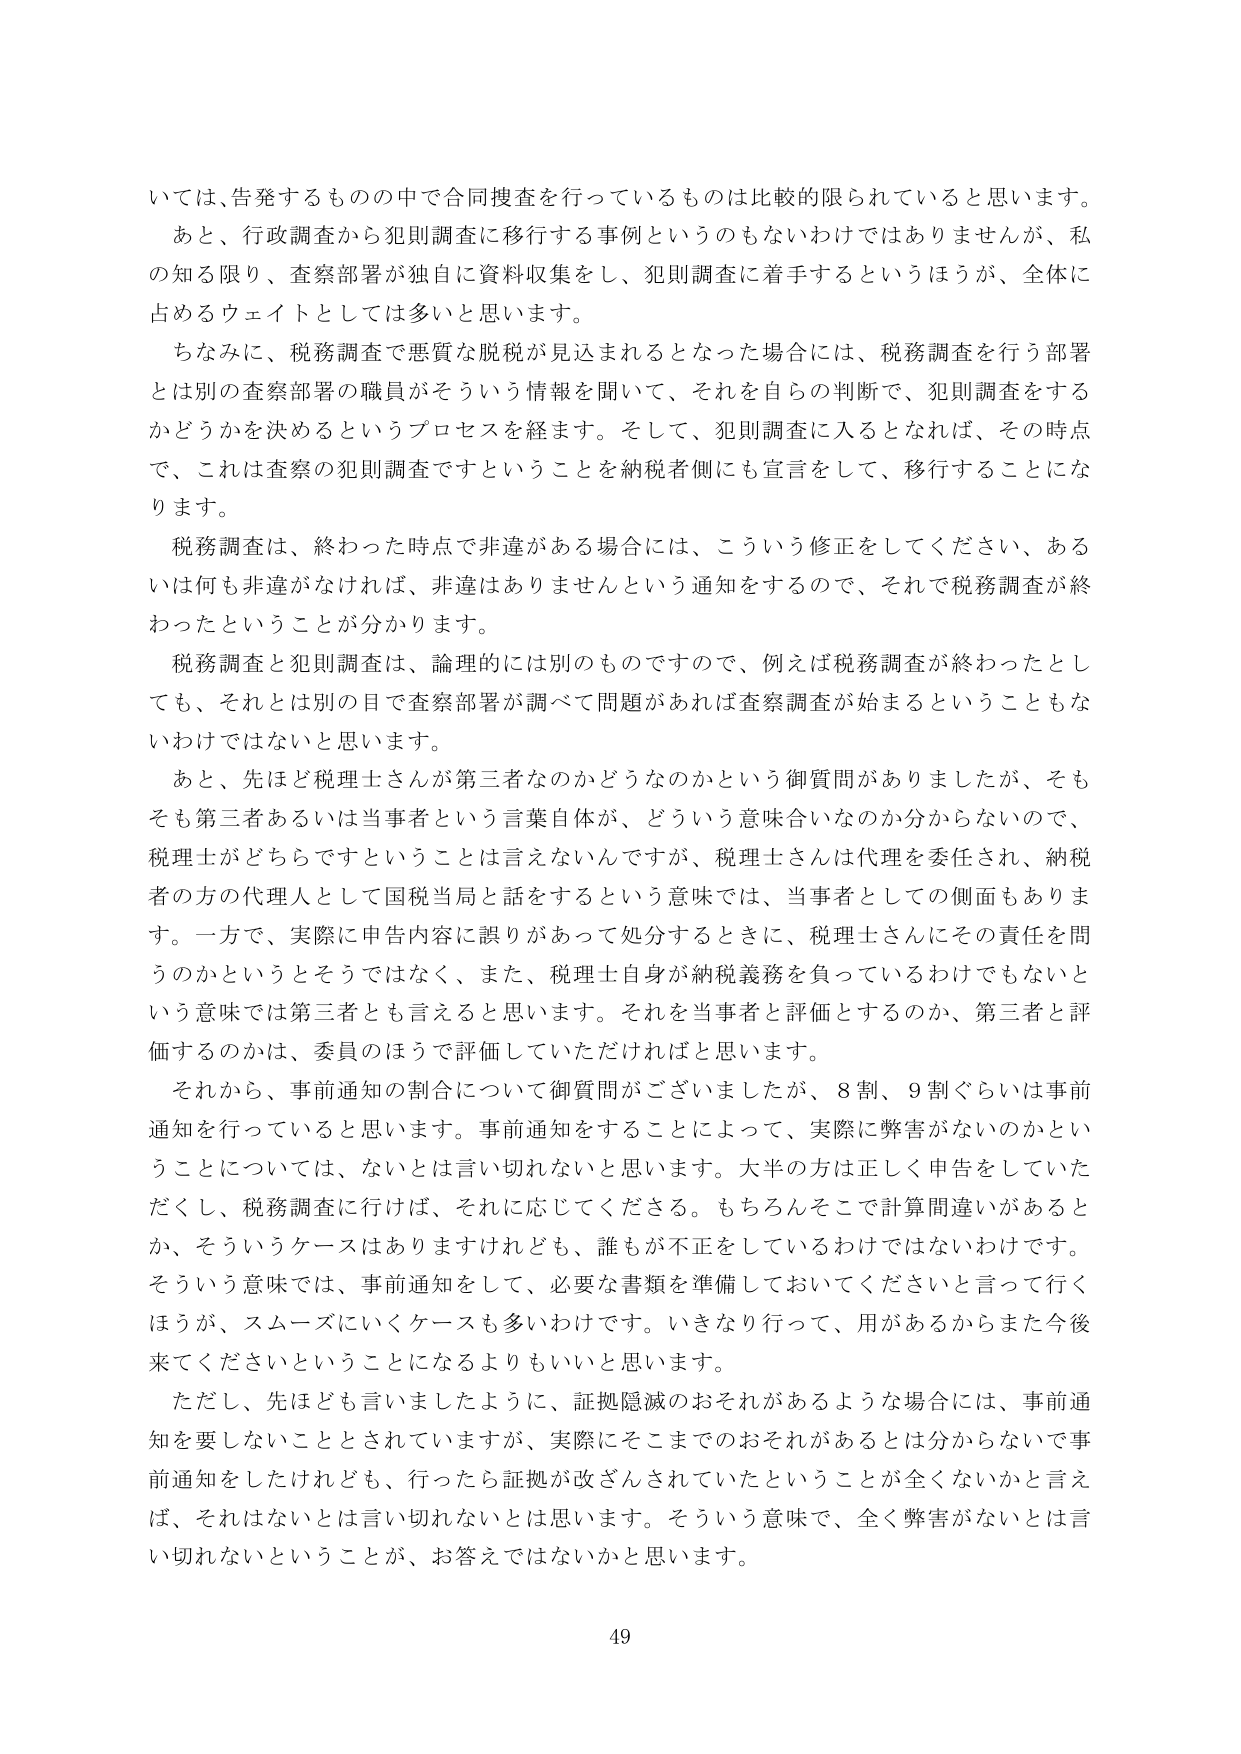
いては、告発するものの中で合同捜査を行っているものは比較的限られていると思います。
あと、行政調査から犯則調査に移行する事例というのもないわけではありませんが、私の知る限り、査察部署が独自に資料収集をし、犯則調査に着手するというほうが、全体に占めるウェイトとしては多いと思います。
ちなみに、税務調査で悪質な脱税が見込まれるとなった場合には、税務調査を行う部署とは別の査察部署の職員がそういう情報を聞いて、それを自らの判断で、犯則調査をするかどうかを決めるというプロセスを経ます。そして、犯則調査に入るとなれば、その時点で、これは査察の犯則調査ですということを納税者側にも宣言をして、移行することになります。
税務調査は、終わった時点で非違がある場合には、こういう修正をしてください、あるいは何も非違がなければ、非違はありませんという通知をするので、それで税務調査が終わったということが分かります。
税務調査と犯則調査は、論理的には別のものですので、例えば税務調査が終わったとしても、それとは別の目で査察部署が調べて問題があれば査察調査が始まるということもないわけではないと思います。
あと、先ほど税理士さんが第三者なのかどうなのかという御質問がありましたか、そもそも第三者あるいは当事者という言葉自体が、どういう意味合いなのか分からないので、税理士がどちらですということは言えないんですが、税理士さんは代理を委任され、納税者の方の代理人として国税当局と話をするという意味では、当事者としての側面もあります。一方で、実際に申告内容に誤りがあって処分するときに、税理士さんにその責任を問うのかというとそうではなく、また、税理士自身が納税義務を負っているわけでもないという意味では第三者とも言えると思います。それを当事者と評価とするのか、第三者と評価するのかは、委員のほうで評価していただければと思います。
それから、事前通知の割合について御質問がございましたが、8割、9割ぐらいは事前通知を行っていると思います。事前通知をすることによって、実際に弊害がないのかということについては、ないとは言い切れないと思います。大半の方は正しく申告をしていただくし、税務調査に行けば、それに応じてくださる。もちろんそこで計算間違いがあるとか、そういうケースはありますけれども、誰もが不正をしているわけではないわけです。そういう意味では、事前通知をして、必要な書類を準備しておいてくださいと言って行くほうが、スムーズにいくケースも多いわけです。いきなり行って、用があるからまた今後来てくださいということになるよりもいいと思います。
ただし、先ほども言いましたように、証拠隠滅のおそれがあるような場合には、事前通知を要しないこととされていますが、実際にそこまでのおそれがあるとは分からないで事前通知をしたけれども、行ったら証拠が改ざんされていたということが全くないかと言えば、それはないとは言い切れないとは思います。そういう意味で、全く弊害がないとは言い切れないということが、お答えではないかと思います。
49